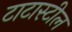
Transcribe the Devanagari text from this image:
टाटास्‍टील